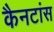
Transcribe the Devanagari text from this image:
कैनटांस